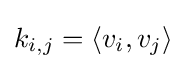
k_{i,j}=\langle v_{i},v_{j}\rangle